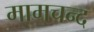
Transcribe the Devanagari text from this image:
मामचन्द